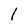
Character: 1